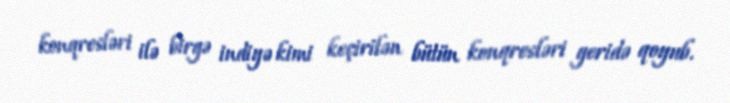
konqresləri ilə birgə indiyə kimi keçirilən bütün konqresləri geridə qoyub.